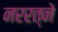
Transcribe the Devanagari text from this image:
नररत्ने